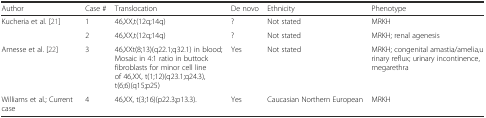
<table><thead><tr><td><b>Author</b></td><td><b>Case #</b></td><td><b>Translocation</b></td><td><b>De novo</b></td><td><b>Ethnicity</b></td><td><b>Phenotype</b></td></tr></thead><tbody><tr><td>Kucheria et al. [21]</td><td>1</td><td>46,XX,t(12q;14q)</td><td>?</td><td>Not stated</td><td>MRKH</td></tr><tr><td></td><td>2</td><td>46,XX,t(12q;14q)</td><td>?</td><td>Not stated</td><td>MRKH; renal agenesis</td></tr><tr><td>Amesse et al. [22]</td><td>3</td><td>46,XXt(8;13)(q22.1;q32.1) in blood; Mosaic in 4:1 ratio in buttock fibroblasts for minor cell line of 46,XX, t(1;12)(q23.1;q24.3),t(6;6)(q15;p25)</td><td>Yes</td><td>Not stated</td><td>MRKH; congenital amastia/amelia,urinary reflux; urinary incontinence, megarethra</td></tr><tr><td>Williams et al.; Current case</td><td>4</td><td>46,XX, t(3;16)(p22.3;p13.3).</td><td>Yes</td><td>Caucasian Northern European</td><td>MRKH</td></tr></tbody></table>